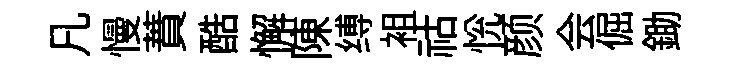
凡慢蕡酷懈陳缚袓祜恱颜会倔鋤